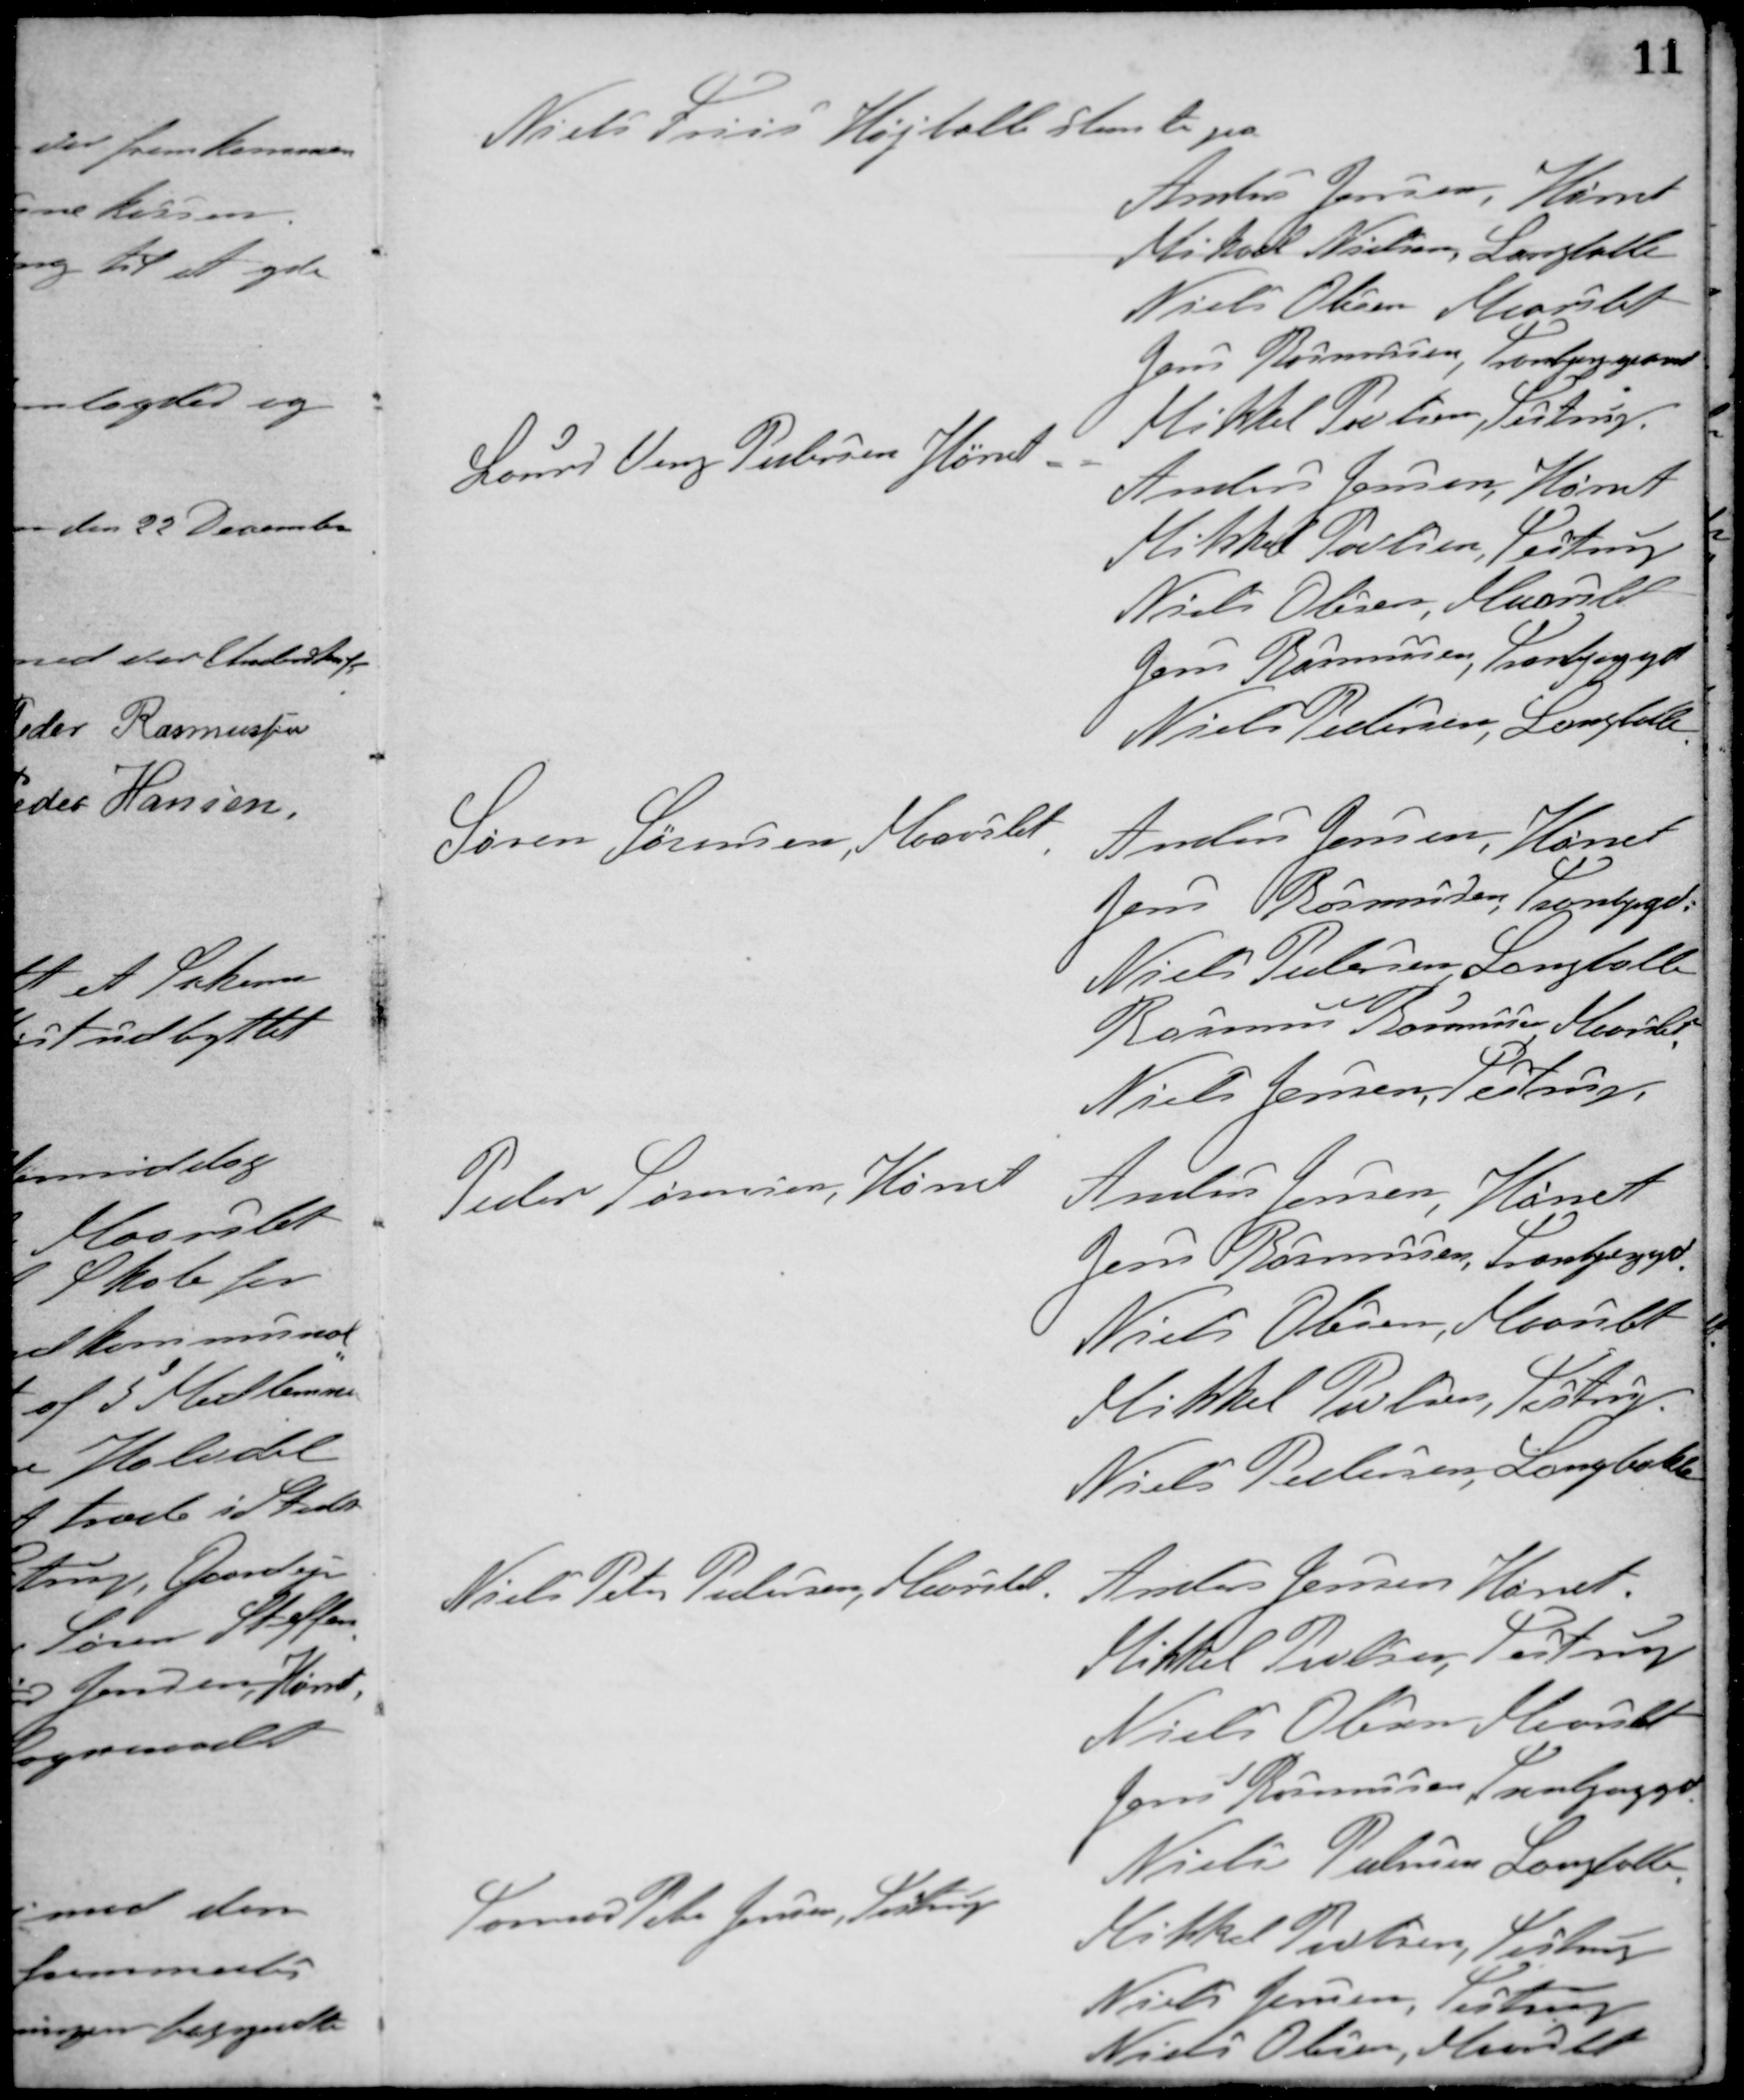
Transskription:
Niels Friis Højballe stemte pa
Anders Jensen, Hørret
Mikael Nielsen, Langballe
Niels Olesen, Maarslet
Jens Rasmussen, Tranbjerggaard
Mikkel Poulsen, Testrup
Laurs Veng Pedersen Hørret - -
Anders Jensen, Hørret
Mikkel Poulsen, Testrup
Niels Olesen, Maarslet
Jens Rasmussen, Tranbjerggd.
Niels Pedersen, Langballe
Søren Sørensen, Maarslet
Anders Jensen, Hørret
Jens Rasmussen, Tranbjerggd.
Niels Pedersen Langballe
Rasmus Rasmussen Maarslet
Niels Jensen Testrup
Peder Sørensen, Hørret
Anders Jensen, Hørret
Jens Rasmussen, Tranbjerggd.
Niels Olesen, Maarslet
Mikkel Poulsen, Testrup
Niels Pedersen, Langballe
Niels Peter Pedersen, Maarslet
Anders Jensen, Hørret.
Mikkel Poulsen, Testrup
Niels Olesen, Maarslet
Jens Rasmussen, Tranbjerggd.
Niels Petersen, Langballe
Rasmus Peter Jensen, Testrup
Mikkel Poulsen, Testrup
Niels Jensen, Testrup
Niels Olesen, Maarslet